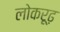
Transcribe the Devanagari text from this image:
लोकरूढ़